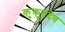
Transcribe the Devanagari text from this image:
कुकुरदेव